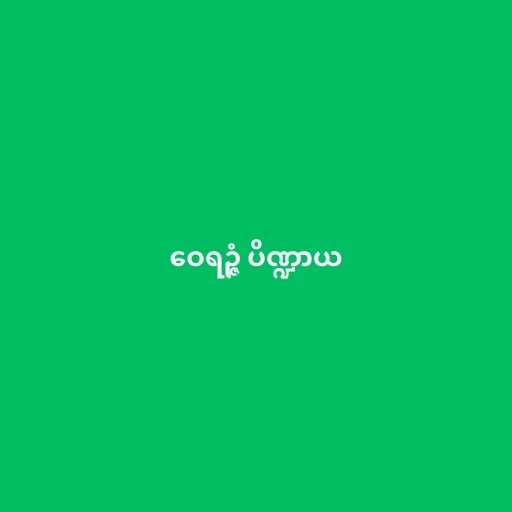
ဝေရဉ္ဇံ ပိဏ္ဍာယ